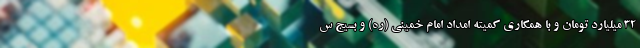
۳۲ میلیارد تومان و با همکاری کمیته امداد امام خمینی (ره) و بسیج س